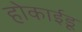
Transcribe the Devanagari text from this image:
होकाईडू